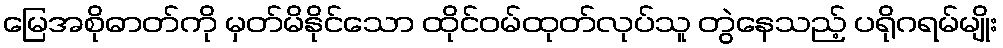
မြေအစိုဓာတ်ကို မှတ်မိနိုင်သော ထိုင်ဝမ်ထုတ်လုပ်သူ တွဲနေသည့် ပရိုဂရမ်မျိုး